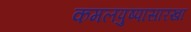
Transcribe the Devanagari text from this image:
कमलपुष्पासारखा